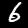
Label: 6